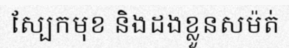
ស្បែកមុខ និងដងខ្លួនសម៉ត់